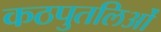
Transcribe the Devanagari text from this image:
कठपुतलिओं